Vaccination report Assam 1896-1927 - 1896-1927
Year: 1896
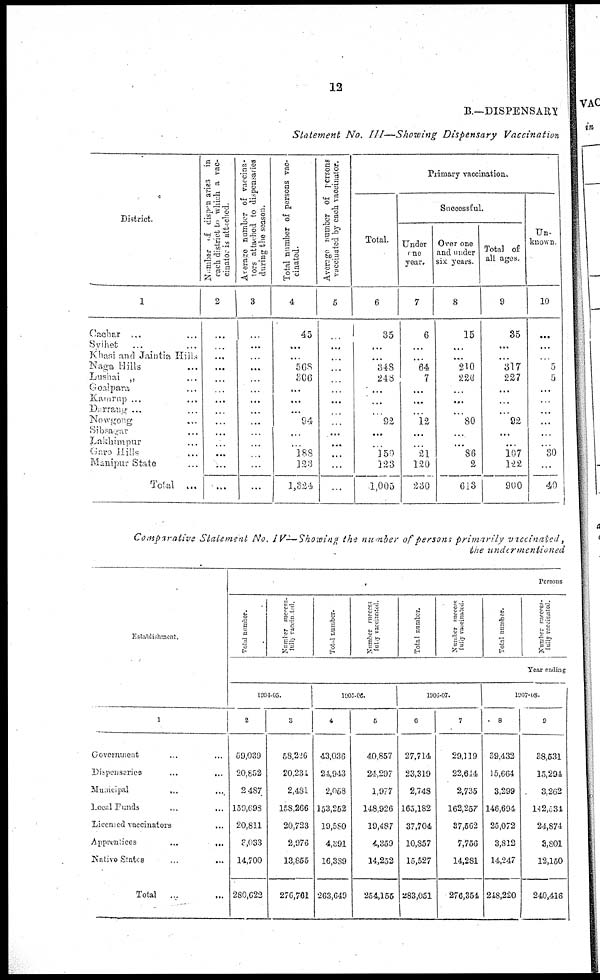
12
B.—DISPENSARY
Statement No. III—Showing Dispensary Vaccination
District.
1
Cachar ... ...
Svihet ... ...
Khasi and Jaintia Hills
Naga Hills ...
Lushai „ ...
Goalpara ...
Kamrup ...
...
Darrang ... ...
Nowgong ...
Sibsagar ...
Lakhimpur ...
Garo Hills ...
Manipur State ...
Total
...
Number of dispensaries in
each district
to which a vac-
cinator is attached.
2
...
...
...
...
...
...
...
...
...
...
...
...
...
...
Average number of vaccina-
tors attached to dispensaries
during the season.
3
...
...
...
...
...
...
...
...
...
...
...
...
...
...
Total number of persons vac-
cinated.
4
45
...
...
568
306
...
...
...
94
...
...
188
123
1,324
Average number of persons
vaccinated by each vaccinator.
5
...
...
...
...
...
...
...
...
...
...
...
...
...
...
Primary vaccination.
Total.
6
35
...
...
348
248
...
...
...
92
...
...
150
123
1,005
Successful.
Under
one
year.
7
6
...
...
64
7
...
...
...
12
...
...
21
120
230
Over one
and under
six years.
8
15
...
...
210
220
...
...
...
80
...
...
86
2
613
Total of
all ages.
9
35
...
...
317
227
...
...
...
92
...
...
107
122
900
Un-
known
10
...
...
...
5
5
...
...
...
...
...
...
30
...
40
Comparative Statement No. IV—Showing the number of persons primarily vaccinated,
the undermentioned
Establishment.
1
Government ... ...
Dispensaries
...
...
Municipal
... ...
Local Funds ... ...
Licensed vaccinators ...
Apprentices
...
...
Native States ... ...
Total ... ...
Persons
Total number.
Number success¬
fully vaccinated.
Total number.
Number success¬
fully vaccinated.
Total number.
Number success¬
fully vaccinated.
Total number.
Number success¬
fully vaccinated.
Year ending
1904-05.
2
59,039
20,852
2,487
159,698
20,811
3,033
14,700
280,622
3
58,226
20,234
2,481
158,266
20,723
2,976
13,855
276,761
1905-06.
4
43,036
24,943
2,058
153,252
19,580
4,391
16,389
263,649
5
40,857
24,297
1,977
148,926
19,487
4,359
14,252
254,155
1906-07.
6
27,714
23,319
2,748
165,182
37,704
10,857
15,527
283,051
7
29,119
22,614
2,735
162,257
37,562
7,756
14,281
276,354
1907-08.
8
39,432
15,664
3,299
146,694
25,072
3,812
14,247
248,220
9
38,531
15,294
3,262
142,534
24,874
3,801
12,150
240,416